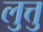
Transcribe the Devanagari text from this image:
लुत्तु